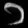
Digit: ၁